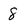
Character: 8